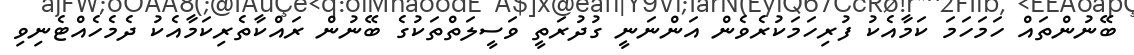
ބޭނުންތައް ހަމަހަމަ ކަމާއެކު ފުރިހަމަކުރެވެން އަންނަނީ ގުދުރަތީ ވަސީލަތްތަކުގެ ބޭނުން ރައްކާތެރިކަމާއެކު ދެމެހެއްޓެނިވި